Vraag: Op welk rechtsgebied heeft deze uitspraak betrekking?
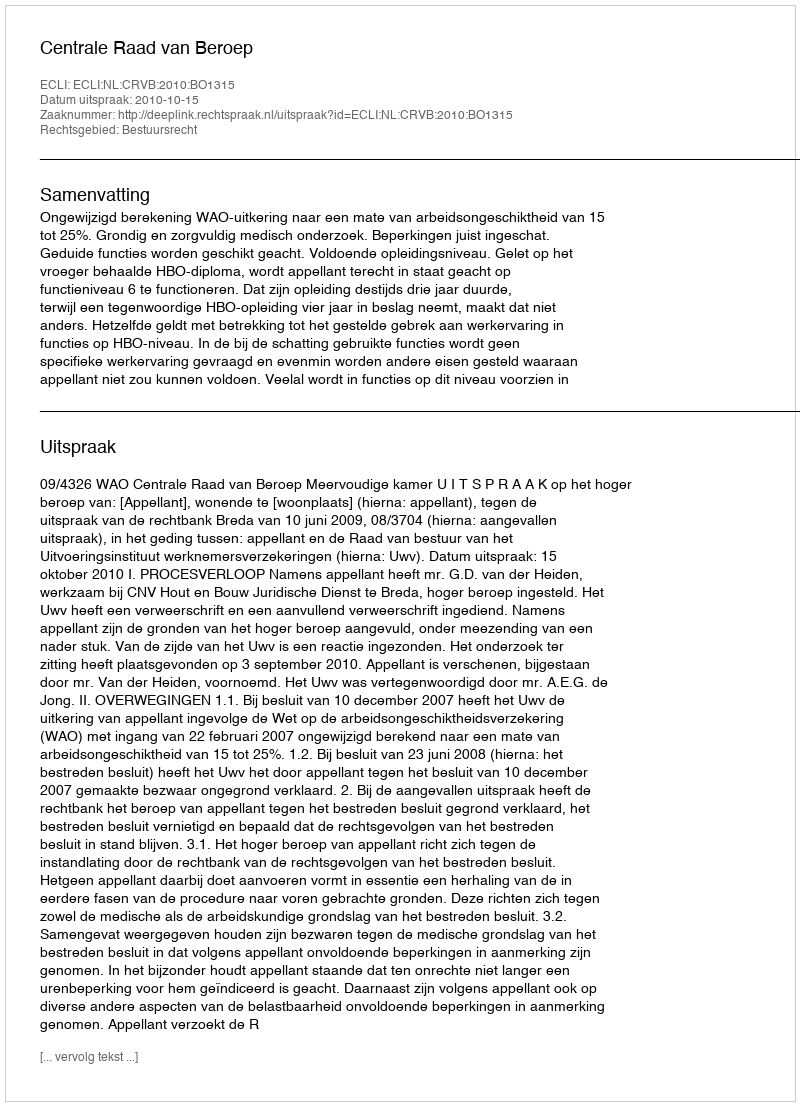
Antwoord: Bestuursrecht